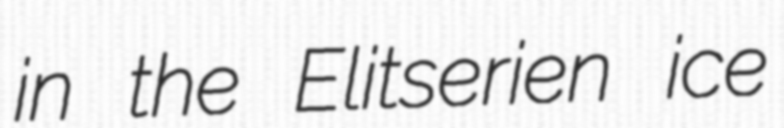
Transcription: in the Elitserien ice